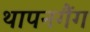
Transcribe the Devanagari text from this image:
थापनगैंग